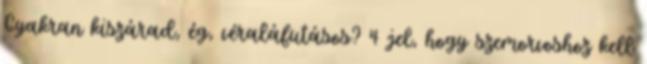
Gyakran kiszárad, ég, véraláfutásos? 4 jel, hogy szemorvoshoz kell